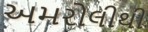
અમરોલીથી